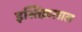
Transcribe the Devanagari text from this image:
इस्तिक़लाल